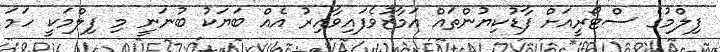
ފިލްމުގެ ސްޓޯރީއަށް ފާޑުކިޔުންތައް އަމާޒުވެފައިވާއިރު އެއް ބަޔަކު ބުނަނީ މި ފިލްމަކީ ހަމަ